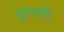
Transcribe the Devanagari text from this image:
झुलसी।